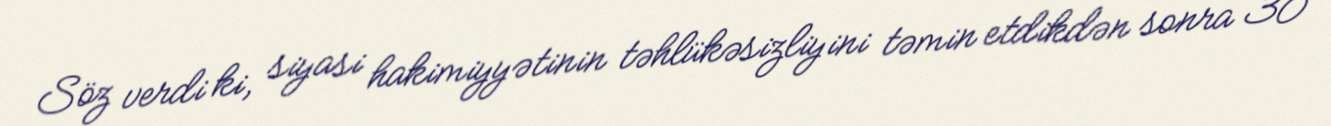
Söz verdi ki, siyasi hakimiyyətinin təhlükəsizliyini təmin etdikdən sonra 30